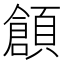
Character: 𲊶